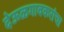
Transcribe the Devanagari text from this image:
देऊळगावकरांचा